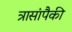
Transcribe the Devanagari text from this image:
त्रासांपैकी